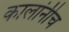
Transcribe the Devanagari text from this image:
कालांनीच